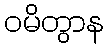
ဝမိတွာန